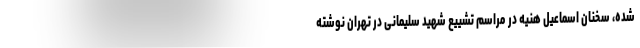
شده، سخنان اسماعیل هنیه در مراسم تشییع شهید سلیمانی در تهران نوشته